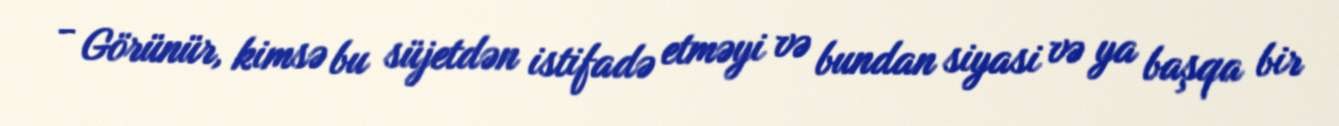
- Görünür, kimsə bu süjetdən istifadə etməyi və bundan siyasi və ya başqa bir